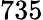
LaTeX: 735